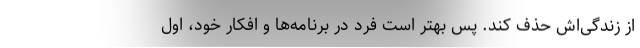
از زندگی‌‌اش حذف کند. پس بهتر است فرد در برنامه‌ها و افکار خود، اول